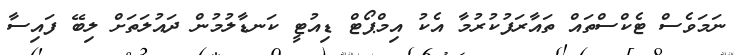
ނަމަވެސް ޓެކްސްތައް ތައާރަފުކުރުމާ އެކު އިމްޕޯޓް ޑިއުޓީ ކަނޑާލުމުން ދައުލަތަށް ލިބޭ ފައިސާ